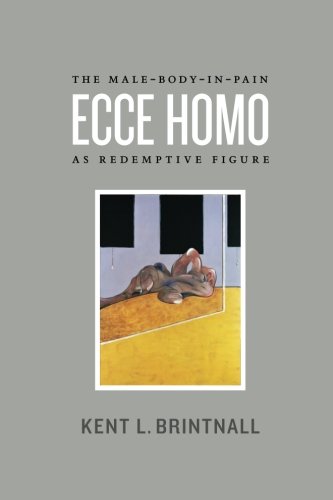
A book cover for Ecce Homo: The Male-Body-in-Pain as Redemptive Figure; Kent L. Brintnall; Gay & Lesbian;